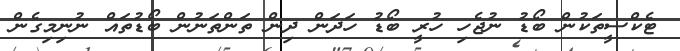
ޓެކްސީތަކުން ބޯޑު ނުޖެހި ހުރީ ބޯޑު ހަދަން ދިން ތަންތަނުން ބޯޑުތައް ނުނިމިގެން